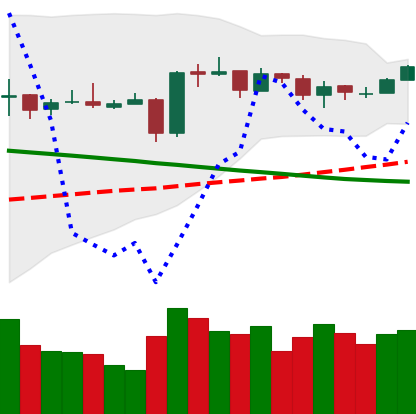
Ticker: EOS-USD
Chart end date: 2019-03-16
Forward return: -4.38%
Label: down_3_5